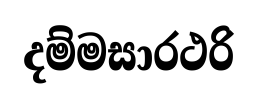
දම්මසාරථරි